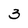
Character: 3